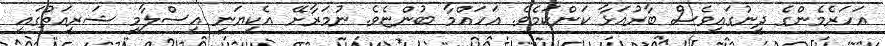
އަހަރެމެންގެ ދީނުގައިވެސް ބާރުއަޅާ ކަންކަމެވެ. އަހައްމާ ބުންޏެވެ. ނުމަރާށޭ އެކިޔަނީ އިސްލާމީ ޝަރީއަތުގައި